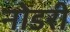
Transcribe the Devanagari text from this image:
नोडरी